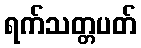
ရက်သတ္တပတ်